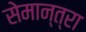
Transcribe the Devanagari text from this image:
सेमान्त्रा